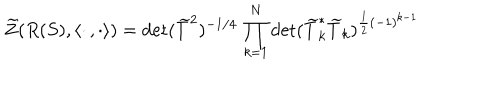
\widetilde { Z } ( R ( S ) , \langle \cdot \, , \cdot \rangle ) = \det ( \widetilde { T } ^ { 2 } ) ^ { - 1 / 4 } \, \prod _ { k = 1 } ^ { N } \det ( \widetilde { T } _ { k } ^ { * } \widetilde { T } _ { k } ) ^ { \frac { 1 } { 2 } ( - 1 ) ^ { k - 1 } }